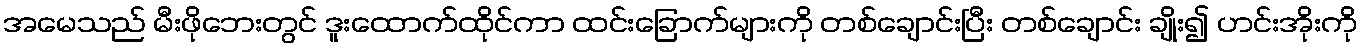
အမေသည် မီးဖိုဘေးတွင် ဒူးထောက်ထိုင်ကာ ထင်းခြောက်များကို တစ်ချောင်းပြီး တစ်ချောင်း ချိုး၍ ဟင်းအိုးကို